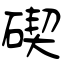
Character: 碶